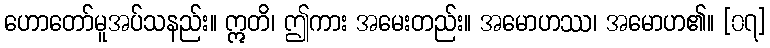
ဟောတော်မူအပ်သနည်း။ ဣတိ၊ ဤကား အမေးတည်း။ အမောဟဿ၊ အမောဟ၏။ [၀၇]